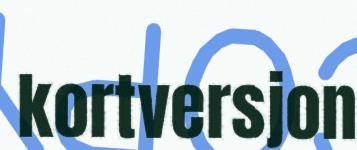
kortversjon